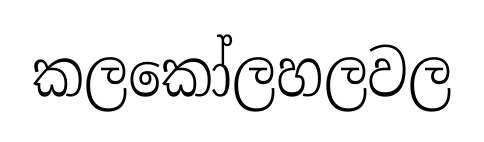
කලකෝලහලවල